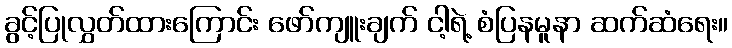
ခွင့်ပြုလွှတ်ထားကြောင်း ဖော်ကျူးချက် ငါ့ရဲ့ စံပြနမူနာ ဆက်ဆံရေး။